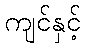
ကျင်နှင့်